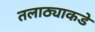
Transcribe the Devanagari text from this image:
तलाठ्याकडे